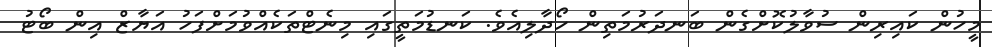
މީހުން ކައިރިން ސުވާލުކޮށްގެން ބަނދަރުމަތިން ހޯދާލިއެވެ. ކަނޑުމަތީގައި މިނެޓްތަކެއްވުމަށްފަހު އަޔާޒް އިން ބޯޓު